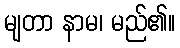
မျတာ နာမ၊ မည်၏။